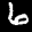
Label: 6